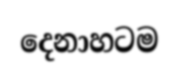
දෙනාහටම